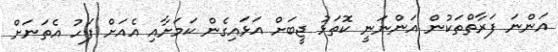
އަންނަ ފަރާތްތަކުން އަންނަނީ ކޮތަޅު ޖީބަށް އަޅައިގެން ކަމަށާއި އެއަށް ފަހު އެތަނަށް